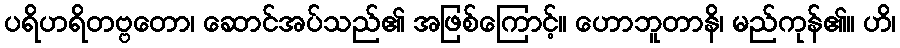
ပရိဟရိတဗ္ဗတော၊ ဆောင်အပ်သည်၏ အဖြစ်ကြောင့်။ ဟောဘူတာနိ၊ မည်ကုန်၏။ ဟိ၊